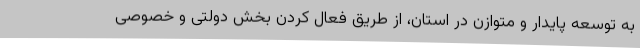
به توسعه پایدار و متوازن در استان، از طریق فعال کردن بخش دولتی و خصوصی